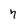
Character: 7